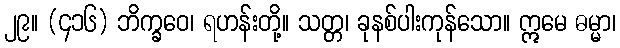
၂၉။ (၄၁၆) ဘိက္ခဝေ၊ ရဟန်းတို့။ သတ္တ၊ ခုနစ်ပါးကုန်သော။ ဣမေ ဓမ္မာ၊